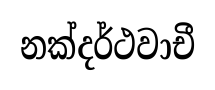
නක්දර්ථවාචී